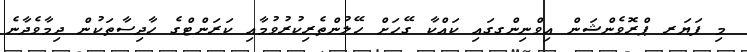
މި ފަޔަރ ޕްރޮވެންޝަން އިވްނިންގގައި ކައްކާ ގޭހަށް ހޭލުންތެރިކުރުވުމާއި ކަރަންޓްގެ ހާދިސާތަކުން ދިމާވެދާނެ